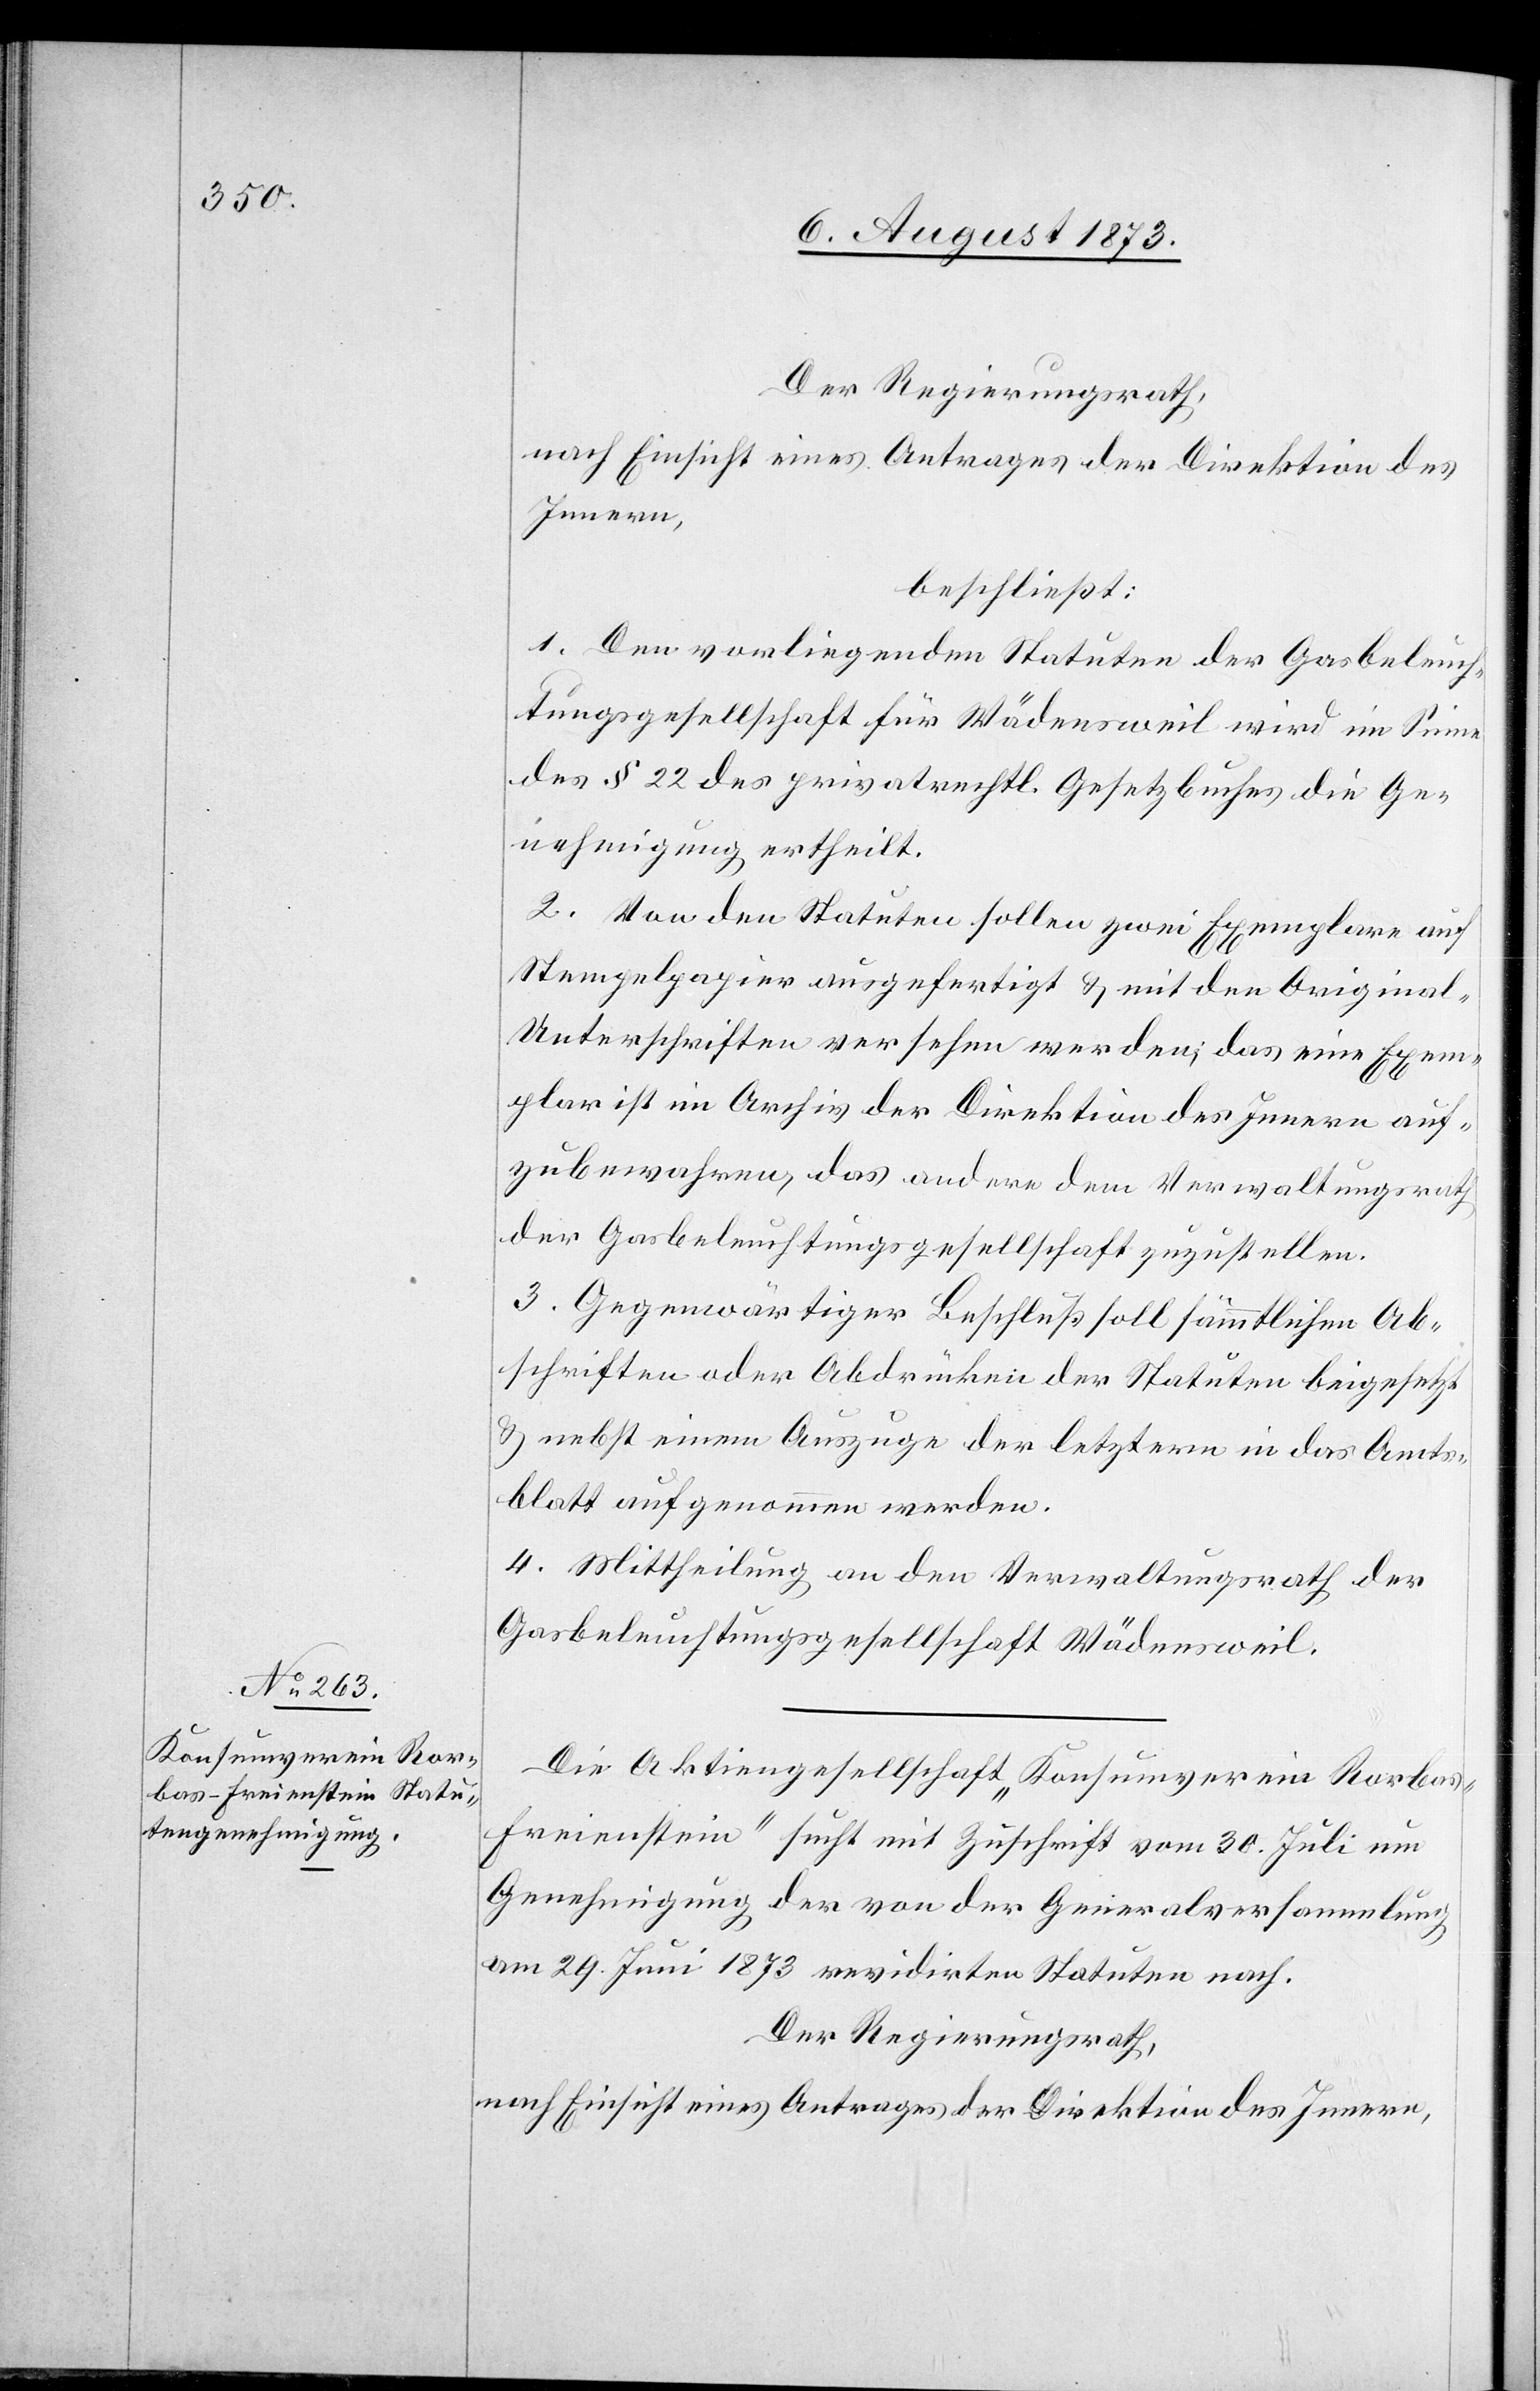
Der Regierungsrath,
nach Einsicht eines Antrages der Direktion des
Innern,
beschließt:
1. Den vorliegenden Statuten der Gasbeleuch¬
tungsgesellschaft für Wädensweil wird im Sinne
des § 22 des privatrechtl. Gesetzbuches die Ge¬
nehmigung ertheilt.
2. Von den Statuten sollen zwei Exemplare auf
Stempelpapier ausgefertigt & mit den Origina¬
l-Unterschriften versehen werden; das eine Exem¬
plar ist im Archiv der Direktion des Innern auf¬
zubewahren, das andere dem Verwaltungsrath
der Gasbeleuchtungsgesellschaft zuzustellen.
3. Gegenwärtiger Beschluß soll sämmtlichen Ab¬
schriften oder Abdrücken der Statuten beigesetzt
& nebst einem Auszuge der letztern in das Amts¬
blatt aufgenommen werden.
4. Mittheilung an den Verwaltungsrath der
Gasbeleuchtungsgesellschaft Wädensweil.
Die Aktiengesellschaft „Konsumverein Rorba¬
s-Freienstein“ sucht mit Zuschrift vom 30. Juli um
Genehmigung der von der Generalversammlung
am 29. Juni 1873 revidirten Statuten nach.
Der Regierungsrath,
nach Einsicht eines Antrages der Direktion des Innern,